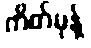
ကိတ်မုန့်